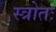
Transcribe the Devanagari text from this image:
स्त्रोतः